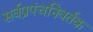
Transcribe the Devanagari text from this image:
सर्वप्रपंचनिवर्तक